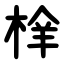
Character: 㮆